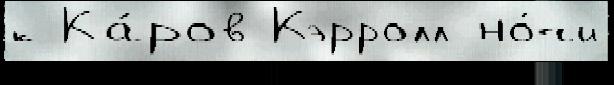
к Ка́ров Кэрролл но́чи